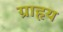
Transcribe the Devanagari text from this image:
ग्राहृय